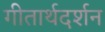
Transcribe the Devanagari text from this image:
गीतार्थदर्शन